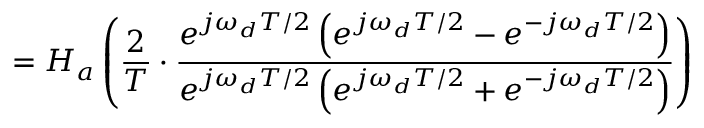
= H _ { a } \left( { \frac { 2 } { T } } \cdot { \frac { e ^ { j \omega _ { d } T / 2 } \left( e ^ { j \omega _ { d } T / 2 } - e ^ { - j \omega _ { d } T / 2 } \right) } { e ^ { j \omega _ { d } T / 2 } \left( e ^ { j \omega _ { d } T / 2 } + e ^ { - j \omega _ { d } T / 2 } \right) } } \right)